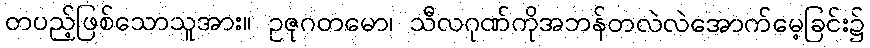
တပည့်ဖြစ်သောသူအား။ ဥဇုဂတမော၊ သီလဂုဏ်ကိုအဘန်တလဲလဲအောက်မေ့ခြင်း၌